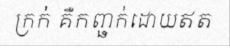
ក្រក់ គឺកញ្ឆក់ដោយឥត